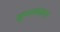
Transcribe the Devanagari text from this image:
खूपसावयाला